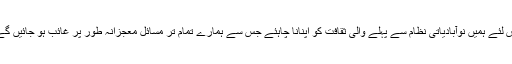
اس لئے ہمیں نوآبادیاتی نظام سے پہلے والی ثقافت کو اپنانا چاہئے جس سے ہمارے تمام تر مسائل معجزانہ طور پر غائب ہو جائیں گے۔